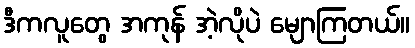
ဒီကလူတွေ အကုန် အဲ့လိုပဲ မျောကြတယ်။